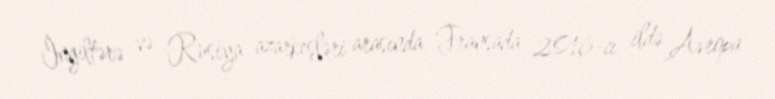
İngiltərə və Rusiya azarkeşləri arasında Fransada 2016-cı ildə Avropa